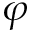
\varphi